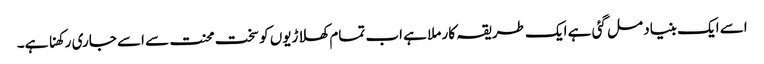
اسے ایک بنیاد مل گئی ہے ایک طریقہ کار ملا ہے اب تمام کھلاڑیوں کو سخت محنت سے اسے جاری رکھنا ہے۔